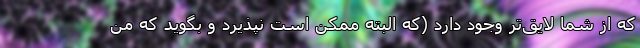
که از شما لایق‌تر وجود دارد (که البته ممکن است نپذیرد و بگوید که من